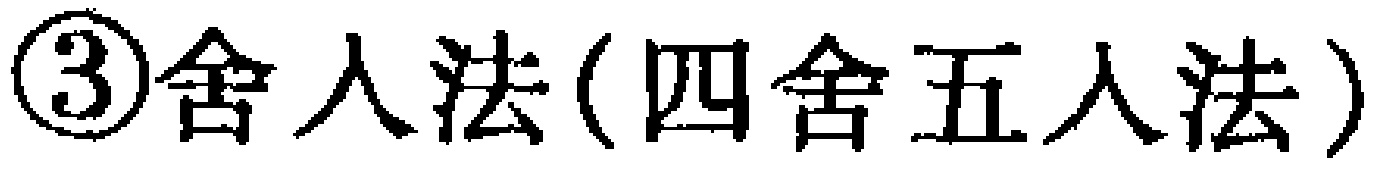
\textcircled{3}舍入法(四舍五入法)